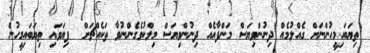
ތިޔަބައިމީހުންނަށް ގެއްލުމެއް ދިނުންވިޔަސް މަންފާއެއް ދިނުންވިޔަސް މިލްކުވެގެންނުވާ ތަކެއްޗަށް  ފިޔަވައި ތިޔަބައިމީހުން